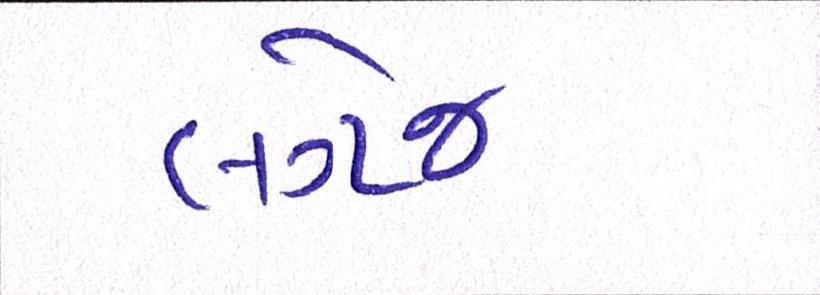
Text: લગેજ